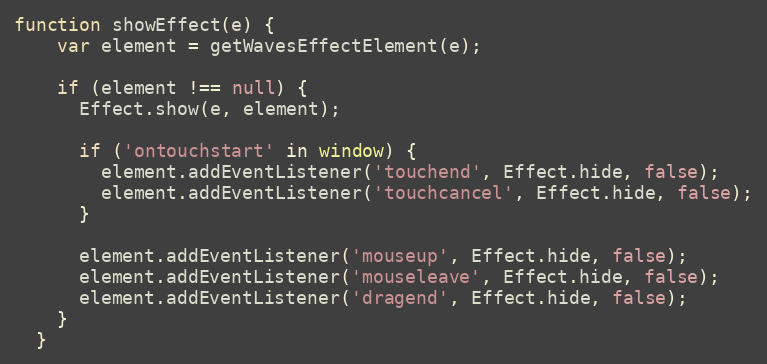
Language: JavaScript
function showEffect(e) {
    var element = getWavesEffectElement(e);

    if (element !== null) {
      Effect.show(e, element);

      if ('ontouchstart' in window) {
        element.addEventListener('touchend', Effect.hide, false);
        element.addEventListener('touchcancel', Effect.hide, false);
      }

      element.addEventListener('mouseup', Effect.hide, false);
      element.addEventListener('mouseleave', Effect.hide, false);
      element.addEventListener('dragend', Effect.hide, false);
    }
  }